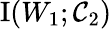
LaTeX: \operatorname{I}(W_{1};\mathcal{C}_{2})